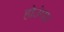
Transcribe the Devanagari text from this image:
होउंगा।